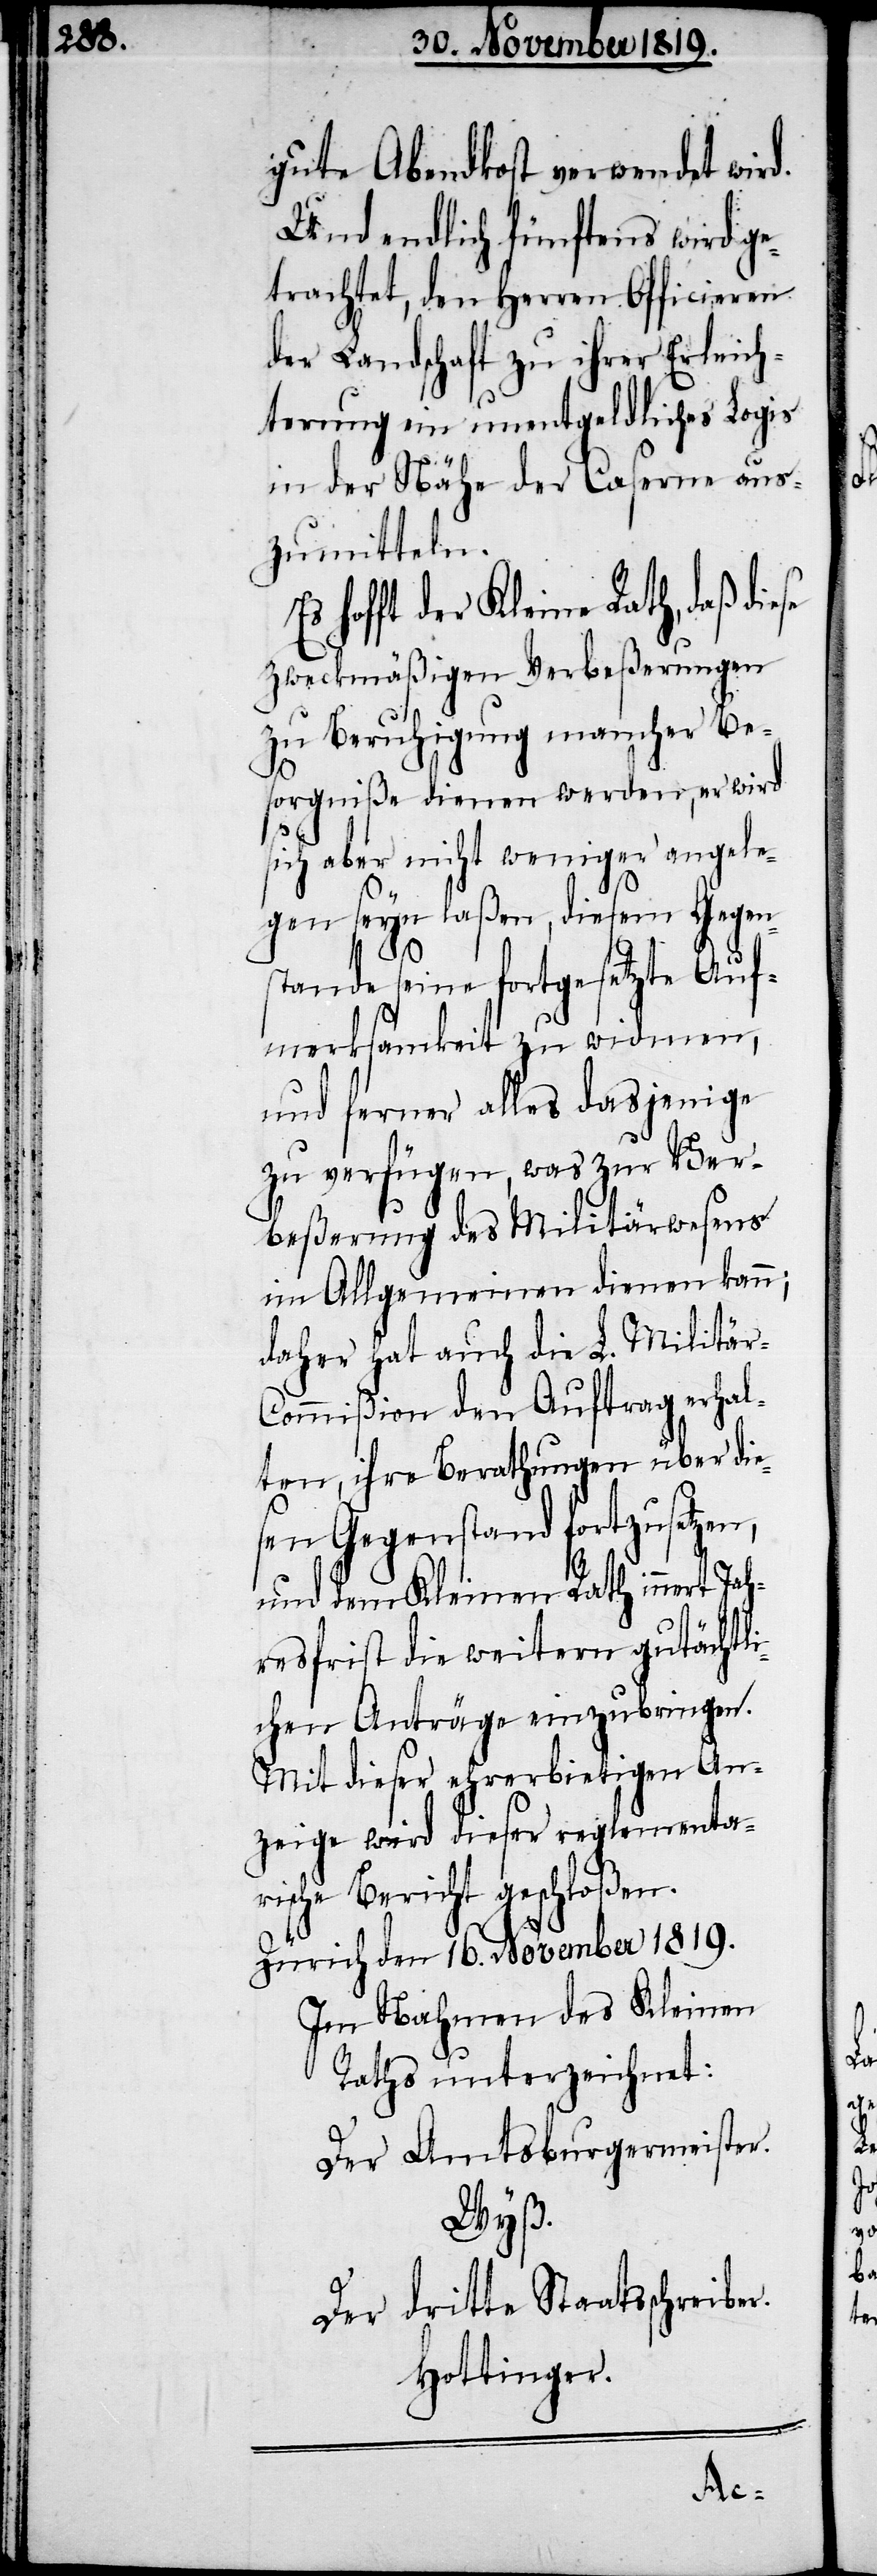
gute Abendkost verwendet wird.
Und endlich fünftens wird ge¬
trachtet, den Herren Officieren
der Landschaft zu ihrer Erleich¬
terung ein unentgeldliches Logis
in der Nähe der Caserne aus¬
zumitteln.
hofft der Kleine Rath, daß diese
zweckmäßigen Verbeßerungen
zu Beruhigung mancher Be¬
sorgniße dienen werden, er wird
sich aber nicht weniger angele¬
gen seyn laßen, diesem Gegen¬
stande seine fortgesetzte Auf¬
merksamkeit zu widmen,
und ferner alles dasjenige
zu verfügen, was zur Ver¬
beßerung des Militärwesens
im Allgemeinen dienen kann;
daher hat auch die L. Militär-C¬
ommißion den Auftrag erhal¬
ten, ihre Berathungen über die¬
sen Gegenstand fortzusetzen,
und dem Kleinen Rath innert Jah¬
resfrist die weitern gutächtli¬
chen Anträge einzubringen.
Mit dieser ehrerbietigen An¬
zeige wird dieser reglementa¬
rische Bericht geschloßen.
Zürich den 16. November 1819.
Im Nahmen des Kleinen
Raths unterzeichnet:
Der Amtsburgermeister.
Wyß.
Der dritte Staatsschreiber.
Hottinger.